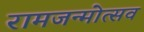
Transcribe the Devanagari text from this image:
रामजन्मोत्सव